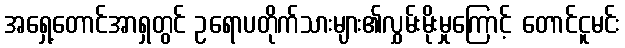
အရှေ့တောင်အာရှတွင် ဥရောပတိုက်သားများ၏လွှမ်းမိုးမှုကြောင့် တောင်ငူမင်း